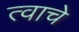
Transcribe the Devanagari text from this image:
त्वाचे